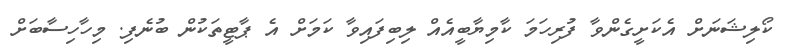
ކޯލިޝަނަށް އެކަށީގެންވާ ފުރިހަމަ ކާމިޔާބީއެއް ލިބިފައިވާ ކަމަށް އެ ޕާޓީތަކުން ބުނެފި. މިހާހިސާބަށް